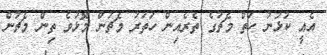
އެއީ ކުޅުނު ހަތް މެޗުގެ ތެރެއިން ހަތަރު މެޗުން މޮޅުވެ ތިން މެޗުން